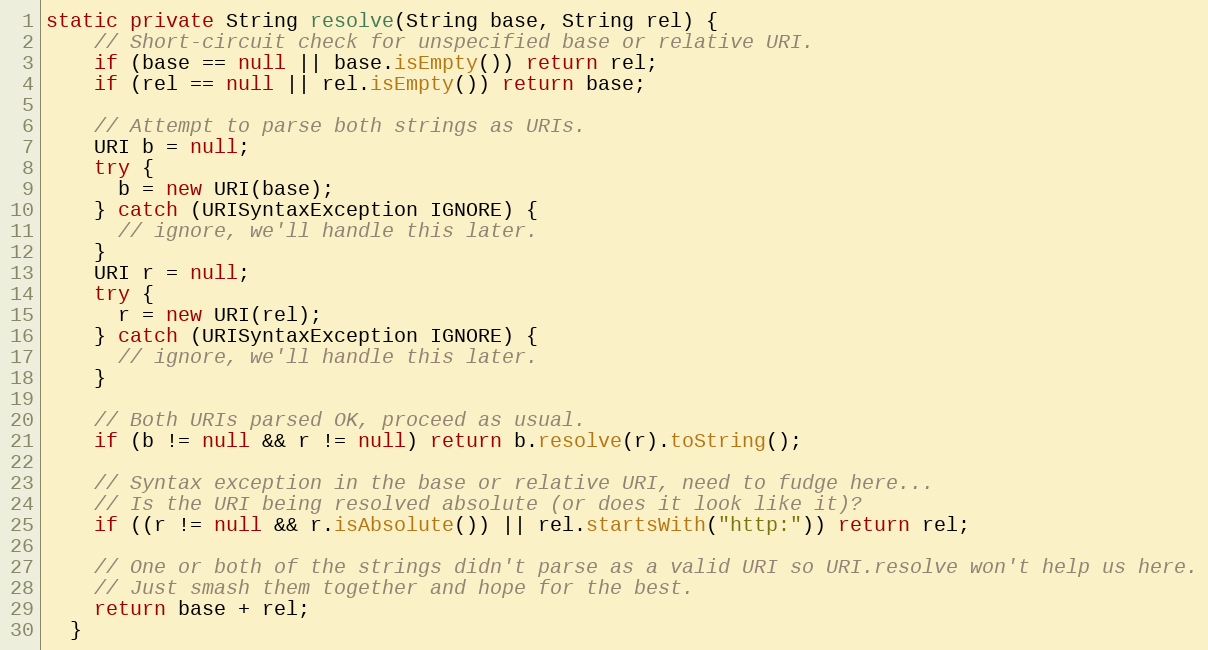
Language: Java
static private String resolve(String base, String rel) {
    // Short-circuit check for unspecified base or relative URI.
    if (base == null || base.isEmpty()) return rel;
    if (rel == null || rel.isEmpty()) return base;

    // Attempt to parse both strings as URIs.
    URI b = null;
    try {
      b = new URI(base);
    } catch (URISyntaxException IGNORE) {
      // ignore, we'll handle this later.
    }
    URI r = null;
    try {
      r = new URI(rel);
    } catch (URISyntaxException IGNORE) {
      // ignore, we'll handle this later.
    }

    // Both URIs parsed OK, proceed as usual.
    if (b != null && r != null) return b.resolve(r).toString();

    // Syntax exception in the base or relative URI, need to fudge here...
    // Is the URI being resolved absolute (or does it look like it)?
    if ((r != null && r.isAbsolute()) || rel.startsWith("http:")) return rel;

    // One or both of the strings didn't parse as a valid URI so URI.resolve won't help us here.
    // Just smash them together and hope for the best.
    return base + rel;
  }